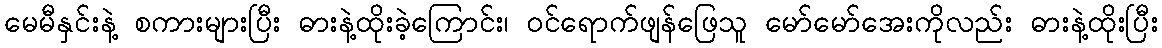
မေမီနှင်းနဲ့ စကားများပြီး ဓားနဲ့ထိုးခဲ့ကြောင်း၊ ဝင်ရောက်ဖျန်ဖြေသူ မော်မော်အေးကိုလည်း ဓားနဲ့ထိုးပြီး